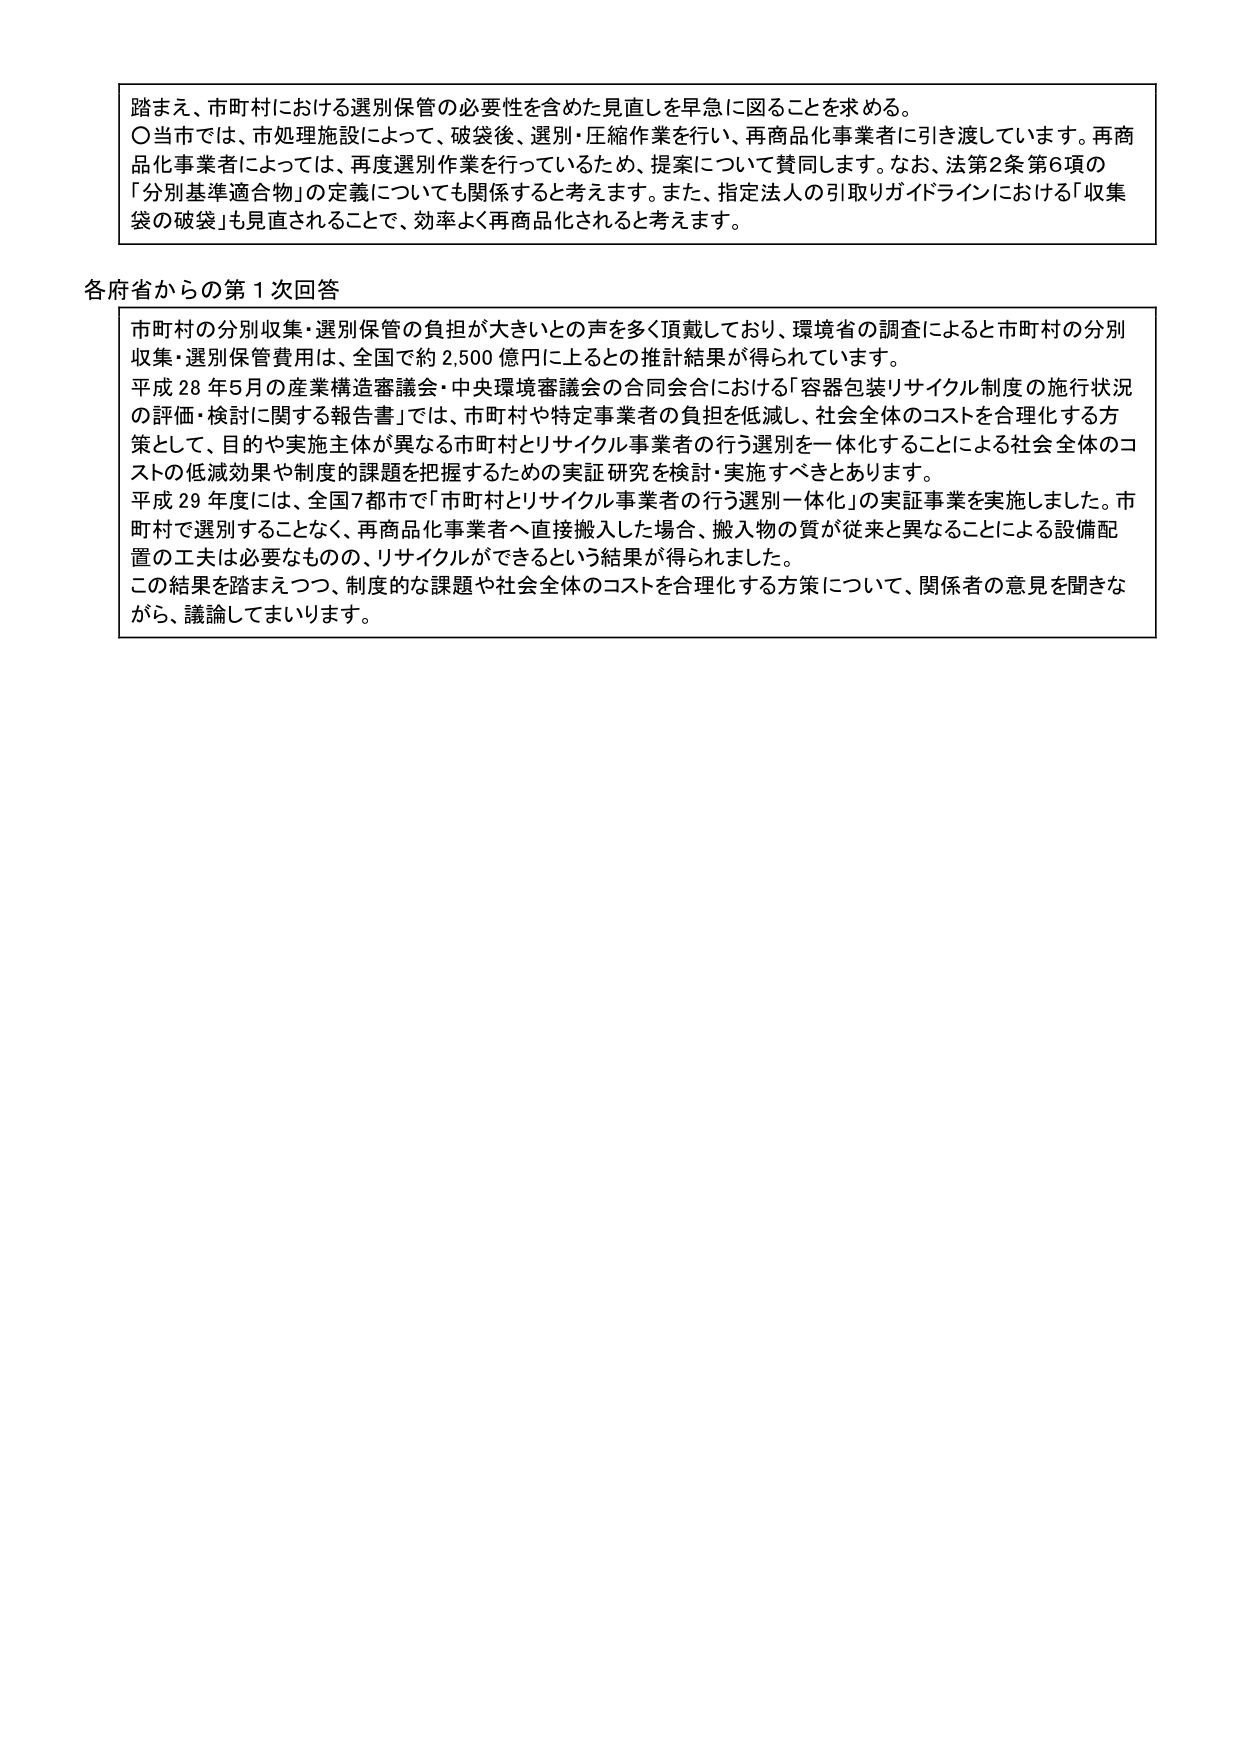
踏まえ、市町村における選別保管の必要性を含めた見直しを早急に図ることを求める。
〇当市では、市処理施設によって、破袋後、選別・圧縮作業を行い、再商品化事業者に引き渡しています。再商品化事業者によっては、再度選別作業を行っているため、提案について賛同します。なお、法第2条第6項の「分別基準適合物」の定義についても関係すると考えます。また、指定法人の引取りガイドラインにおける「収集袋の破袋」も見直されることで、効率よく再商品化されると考えます。

各府省からの第1次回答
市町村の分別収集・選別保管の負担が大きいとの声を多く頂戴しており、環境省の調査によると市町村の分別収集・選別保管費用は、全国で約2,500億円に上るとの推計結果が得られています。
平成28年5月の産業構造審議会・中央環境審議会の合同会合における「容器包装リサイクル制度の施行状況の評価・検討に関する報告書」では、市町村や特定事業者の負担を低減し、社会全体のコストを合理化する方策として、目的や実施主体が異なる市町村とリサイクル事業者の行う選別を一体化することによる社会全体のコストの低減効果や制度の課題を把握するための実証研究を検討・実施すべきとあります。
平成29年度には、全国7都市で「市町村とリサイクル事業者の行う選別一体化」の実証事業を実施しました。市町村で選別することなく、再商品化事業者へ直接搬入した場合、搬入物の質が従来と異なることによる設備配置の工夫は必要なものの、リサイクルができるという結果が得られました。
この結果を踏まえつつ、制度的な課題や社会全体のコストを合理化する方策について、関係者の意見を聞きながら、議論してまいります。